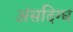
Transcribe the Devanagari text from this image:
अंसदिग्ध